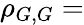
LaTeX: \rho_{G,G}=